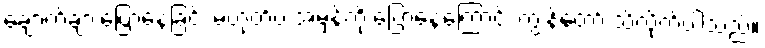
ချောက်ချားပြောနေခြင်း မဟုတ်ပဲ အမှန်ကို ပြောနေကြောင်း ကျွန်တော် သိလိုက်ပါသည်။